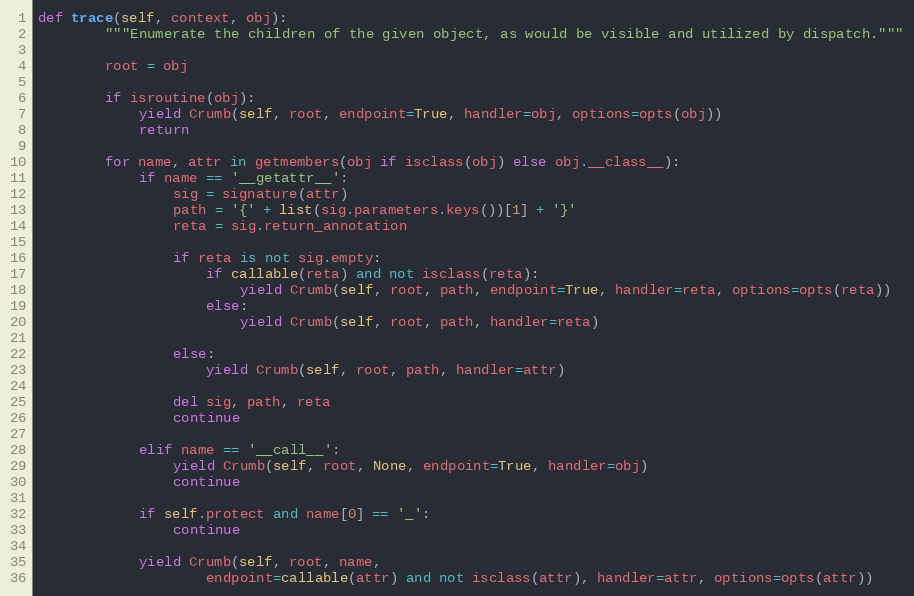
Language: Python
def trace(self, context, obj):
		"""Enumerate the children of the given object, as would be visible and utilized by dispatch."""

		root = obj

		if isroutine(obj):
			yield Crumb(self, root, endpoint=True, handler=obj, options=opts(obj))
			return

		for name, attr in getmembers(obj if isclass(obj) else obj.__class__):
			if name == '__getattr__':
				sig = signature(attr)
				path = '{' + list(sig.parameters.keys())[1] + '}'
				reta = sig.return_annotation

				if reta is not sig.empty:
					if callable(reta) and not isclass(reta):
						yield Crumb(self, root, path, endpoint=True, handler=reta, options=opts(reta))
					else:
						yield Crumb(self, root, path, handler=reta)

				else:
					yield Crumb(self, root, path, handler=attr)

				del sig, path, reta
				continue

			elif name == '__call__':
				yield Crumb(self, root, None, endpoint=True, handler=obj)
				continue

			if self.protect and name[0] == '_':
				continue

			yield Crumb(self, root, name,
					endpoint=callable(attr) and not isclass(attr), handler=attr, options=opts(attr))